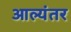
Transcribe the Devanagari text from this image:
आल्यंतर